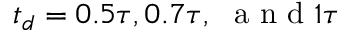
t _ { d } = 0 . 5 \tau , 0 . 7 \tau , \ \mathrm { ~ a ~ n ~ d ~ } 1 \tau